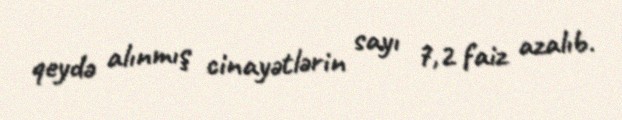
qeydə alınmış cinayətlərin sayı 7,2 faiz azalıb.